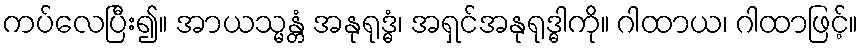
ကပ်လေပြီး၍။ အာယသ္မန္တံ အနုရုဒ္ဓံ၊ အရှင်အနုရုဒ္ဓါကို။ ဂါထာယ၊ ဂါထာဖြင့်။